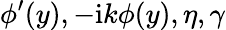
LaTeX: \phi^{\prime}(y),-\mathrm{i}k\phi(y),\eta,\gamma